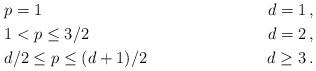
LaTeX: \begin{align*}& p=1 & \ d=1 \,,\\& 1<p\leq 3/2 & \ d=2 \,,\\& d/2\leq p\leq (d+1)/2 & \ d\geq 3 \,.\end{align*}